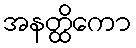
အနတ္ထိကော